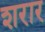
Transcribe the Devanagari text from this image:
शरार